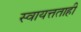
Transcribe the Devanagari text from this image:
स्वायत्तताही